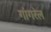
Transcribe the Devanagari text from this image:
गांगरेल